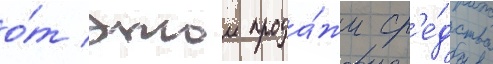
о́т этои прода́жи ср'е́дства